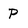
Character: P